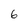
Character: 6